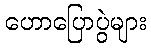
ဟောပြောပွဲများ